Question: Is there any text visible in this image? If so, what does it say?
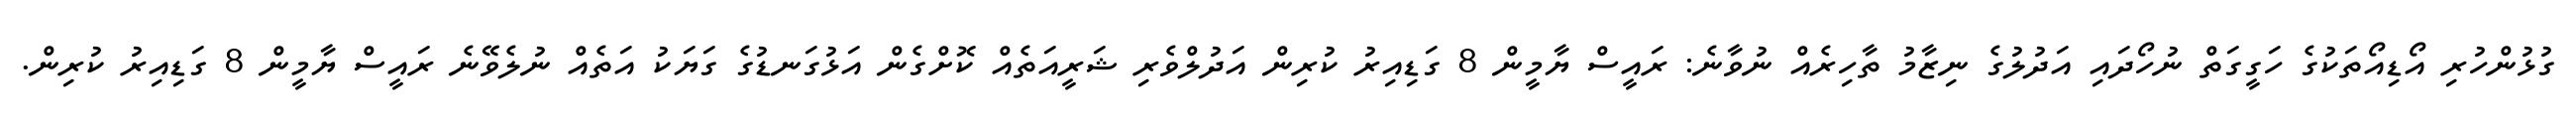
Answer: ގުޅުންހުރި އޯޑިއޯތަކުގެ ހަގީގަތް ނުހޯދައި އަދުލުގެ ނިޒާމު ތާހިރެއް ނުވާނެ: ރައީސް ޔާމީން 8 ގަޑިއިރު ކުރިން އަދުލްވެރި ޝަރީއަތެއް ކޮށްގެން އަޅުގަނޑުގެ ގަޔަކު އަތެއް ނުލެވޭނެ ރައީސް ޔާމީން 8 ގަޑިއިރު ކުރިން.